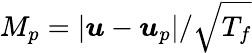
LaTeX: M_{p}=|\boldsymbol{u}-\boldsymbol{u}_{p}|/\sqrt{T_{f}}